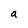
Character: a